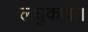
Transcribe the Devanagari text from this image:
लघुकथा।